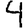
Digit: 4